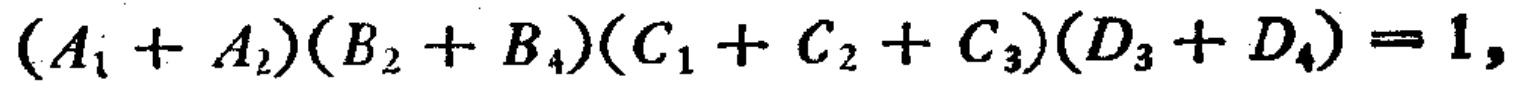
\((A_{1} + A_{2})(B_{2} + B_{4})(C_{1} + C_{2} + C_{3})(D_{3} + D_{4}) = 1,\)